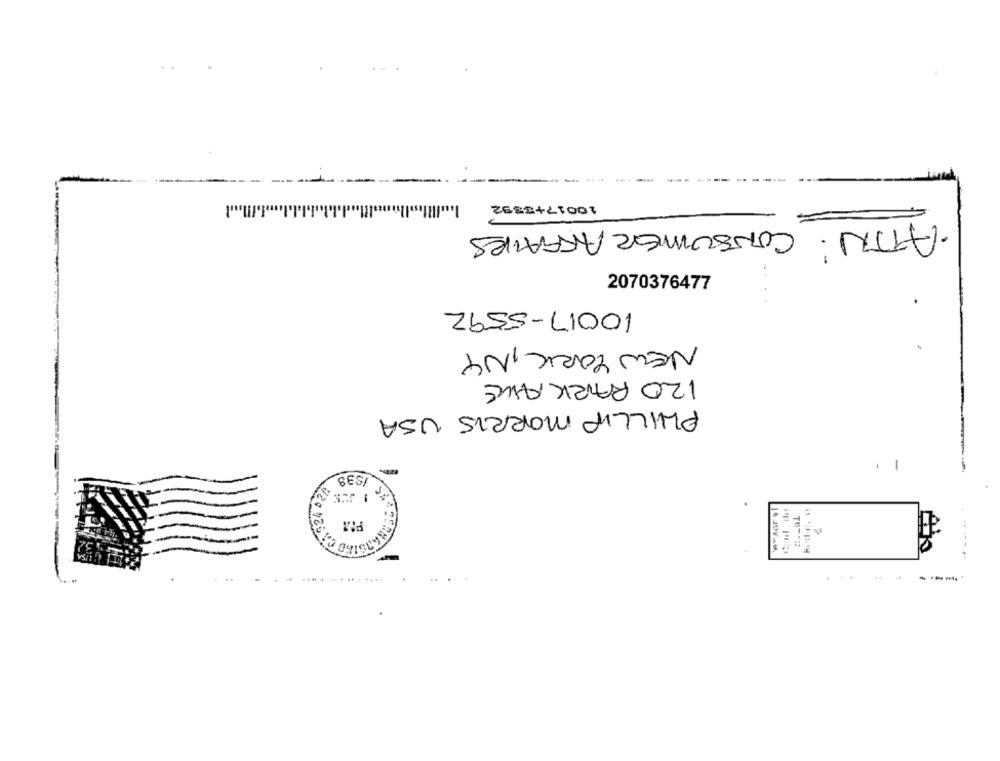
10017+3592
·ATTN. CONSUMER AFFAIRS
2070376477
10017-5592
NEW YORK, NY
120 PARKAWE
PHILLIP MORRIS USA
-
1933
-
-
'ayaor ,
...
......... .